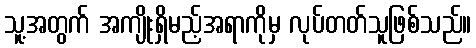
သူ့အတွက် အကျိုးရှိမည့်အရာကိုမှ လုပ်တတ်သူဖြစ်သည်။